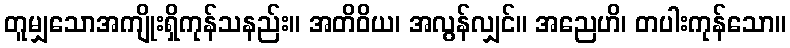
တူမျှသောအကျိုးရှိကုန်သနည်း။ အတိဝိယ၊ အလွန်လျှင်။ အညေဟိ၊ တပါးကုန်သော။